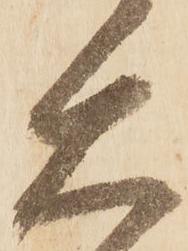
大